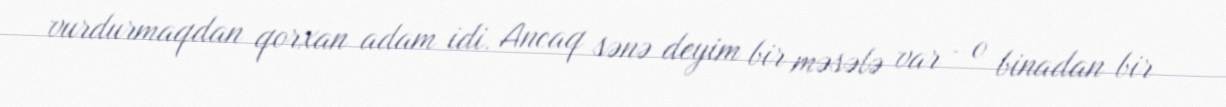
vurdurmaqdan qorxan adam idi. Ancaq sənə deyim bir məsələ var - o binadan bir